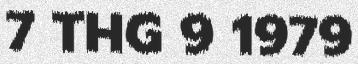
7 THG 9 1979